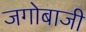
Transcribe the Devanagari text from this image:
जगोबाजी